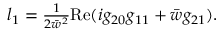
\begin{array} { r } { l _ { 1 } = \frac { 1 } { 2 \bar { w } ^ { 2 } } \mathrm { R e } ( i g _ { 2 0 } g _ { 1 1 } + \bar { w } g _ { 2 1 } ) . } \end{array}